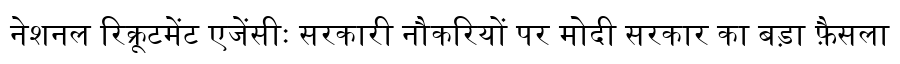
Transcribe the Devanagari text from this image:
नेशनल रिक्रूटमेंट एजेंसीः सरकारी नौकरियों पर मोदी सरकार का बड़ा फ़ैसला